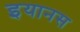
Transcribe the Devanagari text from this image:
इयानस